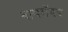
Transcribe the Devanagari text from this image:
वायरॉयड